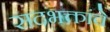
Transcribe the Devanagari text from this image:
सदभक्तांचे